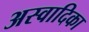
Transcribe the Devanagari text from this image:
अस्वादिका